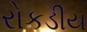
રોકડીય